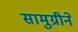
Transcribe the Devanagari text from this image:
सामुग्रीने